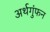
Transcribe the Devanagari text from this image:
अर्थगुंफन